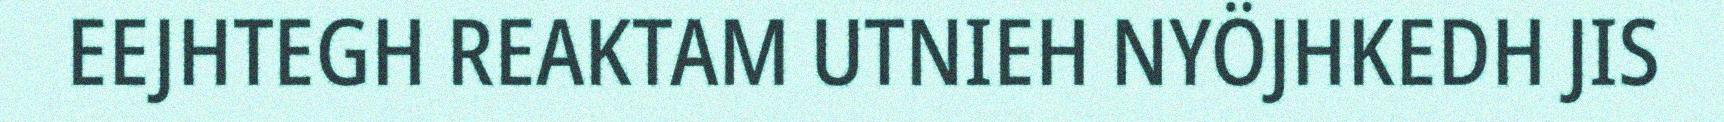
EEJHTEGH REAKTAM UTNIEH NYÖJHKEDH JIS